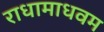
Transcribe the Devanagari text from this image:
राधामाधवम